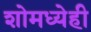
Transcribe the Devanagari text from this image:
शोमध्येही